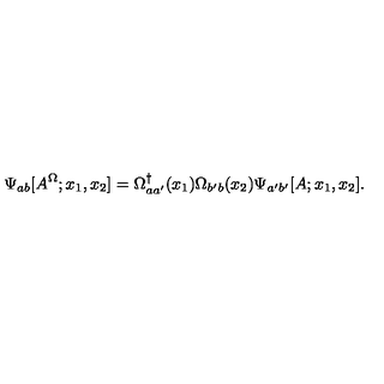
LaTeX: \Psi _ { a b } [ A ^ { \Omega } ; x _ { 1 } , x _ { 2 } ] = \Omega _ { a a ^ { \prime } } ^ { \dagger } ( x _ { 1 } ) \Omega _ { b ^ { \prime } b } ( x _ { 2 } ) \Psi _ { a ^ { \prime } b ^ { \prime } } [ A ; x _ { 1 } , x _ { 2 } ] .